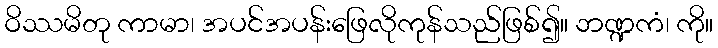
ဝိဿမိတု ကာမာ၊ အပင်အပန်းဖြေလိုကုန်သည်ဖြစ်၍။ ဘဏ္ဍကံ၊ ကို။